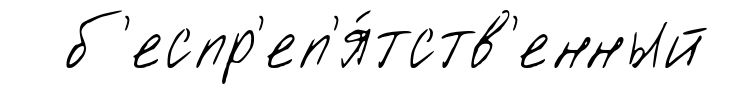
б'еспр'еп'я́тств'енный